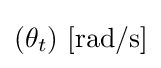
(\theta _{t})\ \mathrm {[rad/s]}